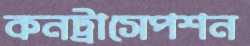
কনট্রাসেপশন